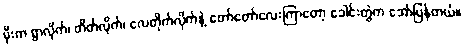
မိုးက ရွာလိုက်၊ တိတ်လိုက်၊ လေတိုက်လိုက်နဲ့ တော်တော်လေးကြာတော့ ခေါင်းတွဲက အော်ပြန်တယ်။